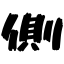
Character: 側